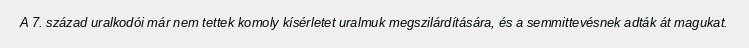
A 7. század uralkodói már nem tettek komoly kísérletet uralmuk megszilárdítására, és a semmittevésnek adták át magukat.